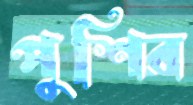
পুশির